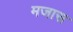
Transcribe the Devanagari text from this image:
मजास